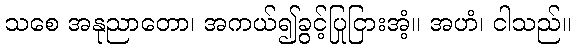
သစေ အနုညာတော၊ အကယ်၍ခွင့်ပြုငြားအံ့။ အဟံ၊ ငါသည်။